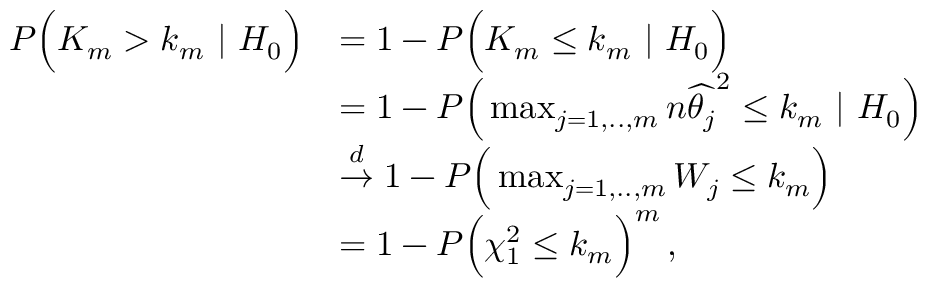
\begin{array} { r l } { P \Big ( K _ { m } > k _ { m } \ | \ H _ { 0 } \Big ) } & { = 1 - P \Big ( K _ { m } \leq k _ { m } \ | \ H _ { 0 } \Big ) } \\ & { = 1 - P \Big ( \mathop { \operatorname* { m a x } } _ { j = 1 , . . , m } n \widehat { \theta _ { j } } ^ { 2 } \leq k _ { m } \ | \ H _ { 0 } \Big ) } \\ & { \stackrel { d } { \rightarrow } 1 - P \Big ( \mathop { \operatorname* { m a x } } _ { j = 1 , . . , m } W _ { j } \leq k _ { m } \Big ) } \\ & { = 1 - P \Big ( \chi _ { 1 } ^ { 2 } \leq k _ { m } \Big ) ^ { m } \, , } \end{array}